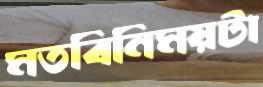
মতবিনিময়টা